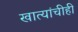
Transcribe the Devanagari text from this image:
खात्यांचीही